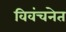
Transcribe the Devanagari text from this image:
विवंचनेत